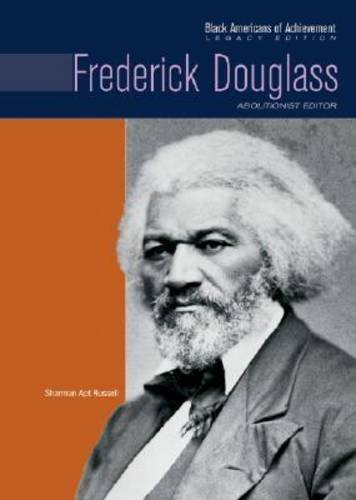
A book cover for Frederick Douglass: Abolitionist Editor (Black Americans of Achievement); Sharman Apt Russell; Teen & Young Adult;